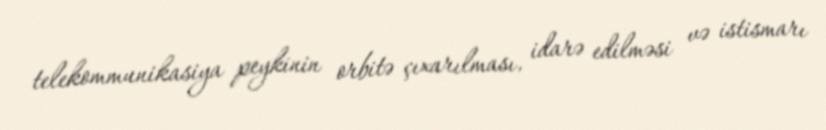
telekommunikasiya peykinin orbitə çıxarılması, idarə edilməsi və istismarı